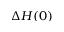
\Delta H ( 0 )